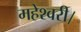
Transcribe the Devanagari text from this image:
महेश्वरी।